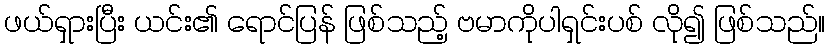
ဖယ်ရှားပြီး ယင်း၏ ရောင်ပြန် ဖြစ်သည့် ဗမာကိုပါရှင်းပစ် လို၍ ဖြစ်သည်။